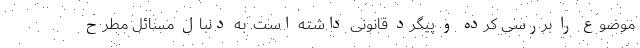
موضوع را بررسی کرده و پیگرد قانونی داشته است. به دنبال مسائل مطرح